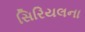
સિરિયલના